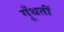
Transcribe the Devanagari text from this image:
गूँथतीं